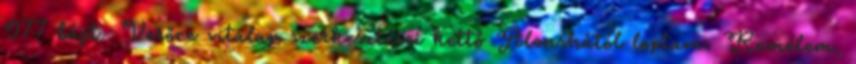
977 bájt ‎Verőce vitalap szerkesztései kettő Alenshától loptam. Remélem,